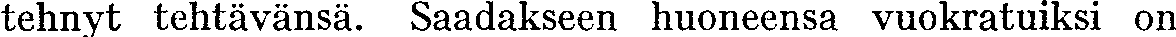
tehnyt tehtävänsä. Saadakseen huoneensa vuokratuiksi on